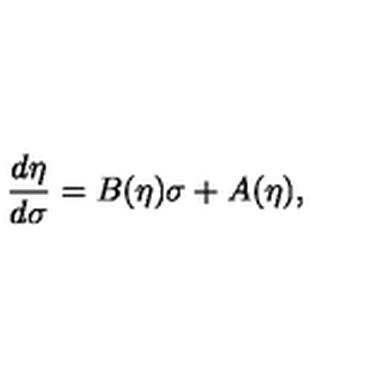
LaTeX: \frac { d \eta } { d \sigma } = B ( \eta ) \sigma + A ( \eta ) ,